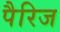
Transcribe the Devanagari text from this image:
पैरिज